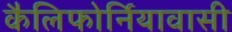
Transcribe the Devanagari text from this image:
कैलिफोर्नियावासी